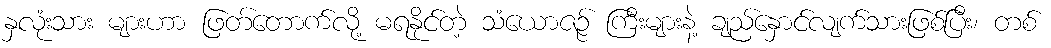
နှလုံးသား များဟာ ဖြတ်တောက်လို့ မရနိုင်တဲ့ သံယောဇဉ် ကြီးများနဲ့ ချည်နှောင်လျက်သားဖြစ်ပြီး၊ တစ်